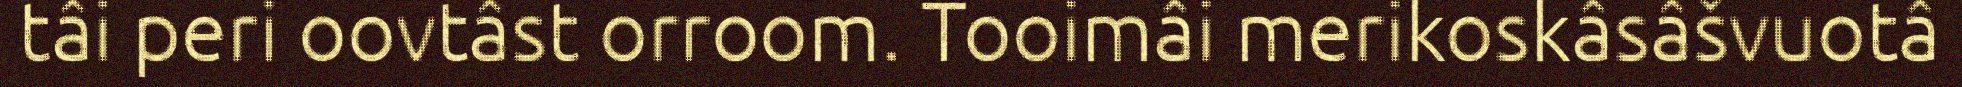
tâi peri oovtâst orroom. Tooimâi merikoskâsâšvuotâ